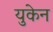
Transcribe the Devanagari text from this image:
युकेन